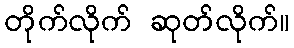
တိုက်လိုက် ဆုတ်လိုက်။